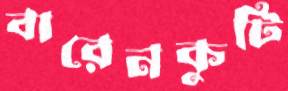
বারেনকুটি